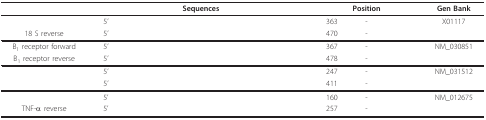
<table><thead><tr><td>[EMPTY_CELL]</td><td colspan="3"><b>Sequences</b></td><td colspan="3"><b>Position</b></td><td><b>Gen Bank</b></td></tr></thead><tbody><tr><td>[EMPTY_CELL]</td><td>5'</td><td>[EMPTY_CELL]</td><td>[EMPTY_CELL]</td><td>363</td><td>-</td><td>[EMPTY_CELL]</td><td>X01117</td></tr><tr><td>18 S reverse</td><td>5'</td><td>[EMPTY_CELL]</td><td>[EMPTY_CELL]</td><td>470</td><td>-</td><td>[EMPTY_CELL]</td><td>[EMPTY_CELL]</td></tr><tr><td>B<sub>1 </sub>receptor forward</td><td>5'</td><td>[EMPTY_CELL]</td><td>[EMPTY_CELL]</td><td>367</td><td>-</td><td>[EMPTY_CELL]</td><td>NM_030851</td></tr><tr><td>B<sub>1 </sub>receptor reverse</td><td>5'</td><td>[EMPTY_CELL]</td><td>[EMPTY_CELL]</td><td>478</td><td>-</td><td>[EMPTY_CELL]</td><td>[EMPTY_CELL]</td></tr><tr><td>[EMPTY_CELL]</td><td>5'</td><td>[EMPTY_CELL]</td><td>[EMPTY_CELL]</td><td>247</td><td>-</td><td>[EMPTY_CELL]</td><td>NM_031512</td></tr><tr><td>[EMPTY_CELL]</td><td>5'</td><td>[EMPTY_CELL]</td><td>[EMPTY_CELL]</td><td>411</td><td>-</td><td>[EMPTY_CELL]</td><td>[EMPTY_CELL]</td></tr><tr><td>[EMPTY_CELL]</td><td>5'</td><td>[EMPTY_CELL]</td><td>[EMPTY_CELL]</td><td>160</td><td>-</td><td>[EMPTY_CELL]</td><td>NM_012675</td></tr><tr><td>TNF-α reverse</td><td>5'</td><td>[EMPTY_CELL]</td><td>[EMPTY_CELL]</td><td>257</td><td>-</td><td>[EMPTY_CELL]</td><td>[EMPTY_CELL]</td></tr></tbody></table>